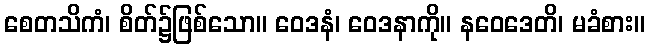
စေတသိကံ၊ စိတ်၌ဖြစ်သော။ ဝေဒနံ၊ ဝေဒနာကို။ နဝေဒေတိ၊ မခံစား။